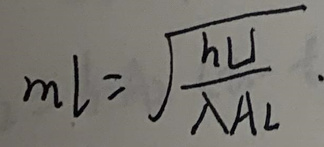
\[
m_l = \sqrt{\frac{hL}{\lambda A_l}}
\]